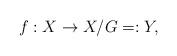
LaTeX: \begin{align*}f:X \to X/G =:Y,\end{align*}